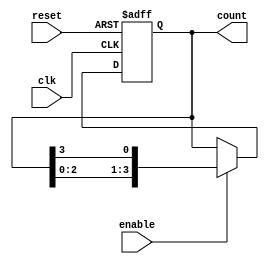
module multi_stage_ring_counter #(
    parameter N = 4  // Number of stages (flip-flops)
)(
    input wire clk,          // Clock input
    input wire reset,        // Reset input
    input wire enable,       // Enable signal
    output reg [N-1:0] count // Output of the ring counter
);

// Sequential logic for the ring counter
always @(posedge clk or posedge reset) begin
    if (reset) begin
        // Initialize the counter: only the first flip-flop is high
        count <= 1'b1; // Set first flip-flop to '1', all others '0'
    end else if (enable) begin
        // Shift the '1' to the next flip-flop
        count <= {count[N-2:0], count[N-1]}; // Shift left with feedback
    end
end

endmodule